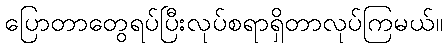
ပြောတာတွေရပ်ပြီးလုပ်စရာရှိတာလုပ်ကြမယ်။